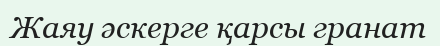
Жаяу әскерге қарсы гранат